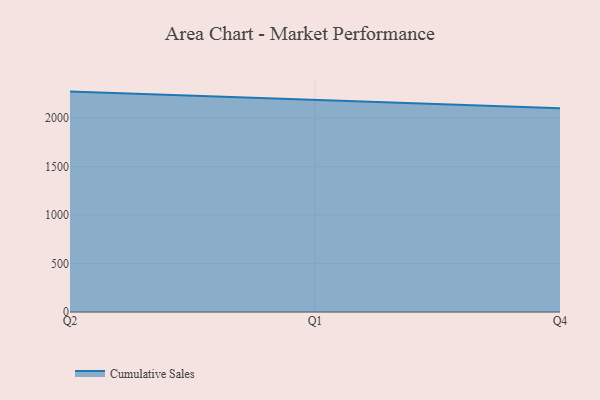
{"axis": {"x": "Quarter", "y": "Satisfaction Score"}, "legend": ["Cumulative Sales"], "data": [{"x": "Q2", "y": 2273.7, "type": "Cumulative Sales"}, {"x": "Q1", "y": 2191.2, "type": "Cumulative Sales"}, {"x": "Q4", "y": 2103.2, "type": "Cumulative Sales"}]}